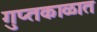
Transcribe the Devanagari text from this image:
गुप्‍तकाळात